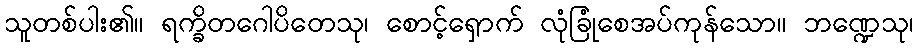
သူတစ်ပါး၏။ ရက္ခိတဂေါပိတေသု၊ စောင့်ရှောက် လုံခြုံစေအပ်ကုန်သော။ ဘဏ္ဍေသု၊